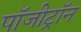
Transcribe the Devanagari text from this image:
पॉजीट्रॉन